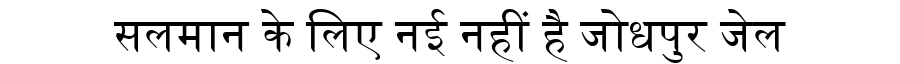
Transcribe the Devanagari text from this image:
सलमान के लिए नई नहीं है जोधपुर जेल